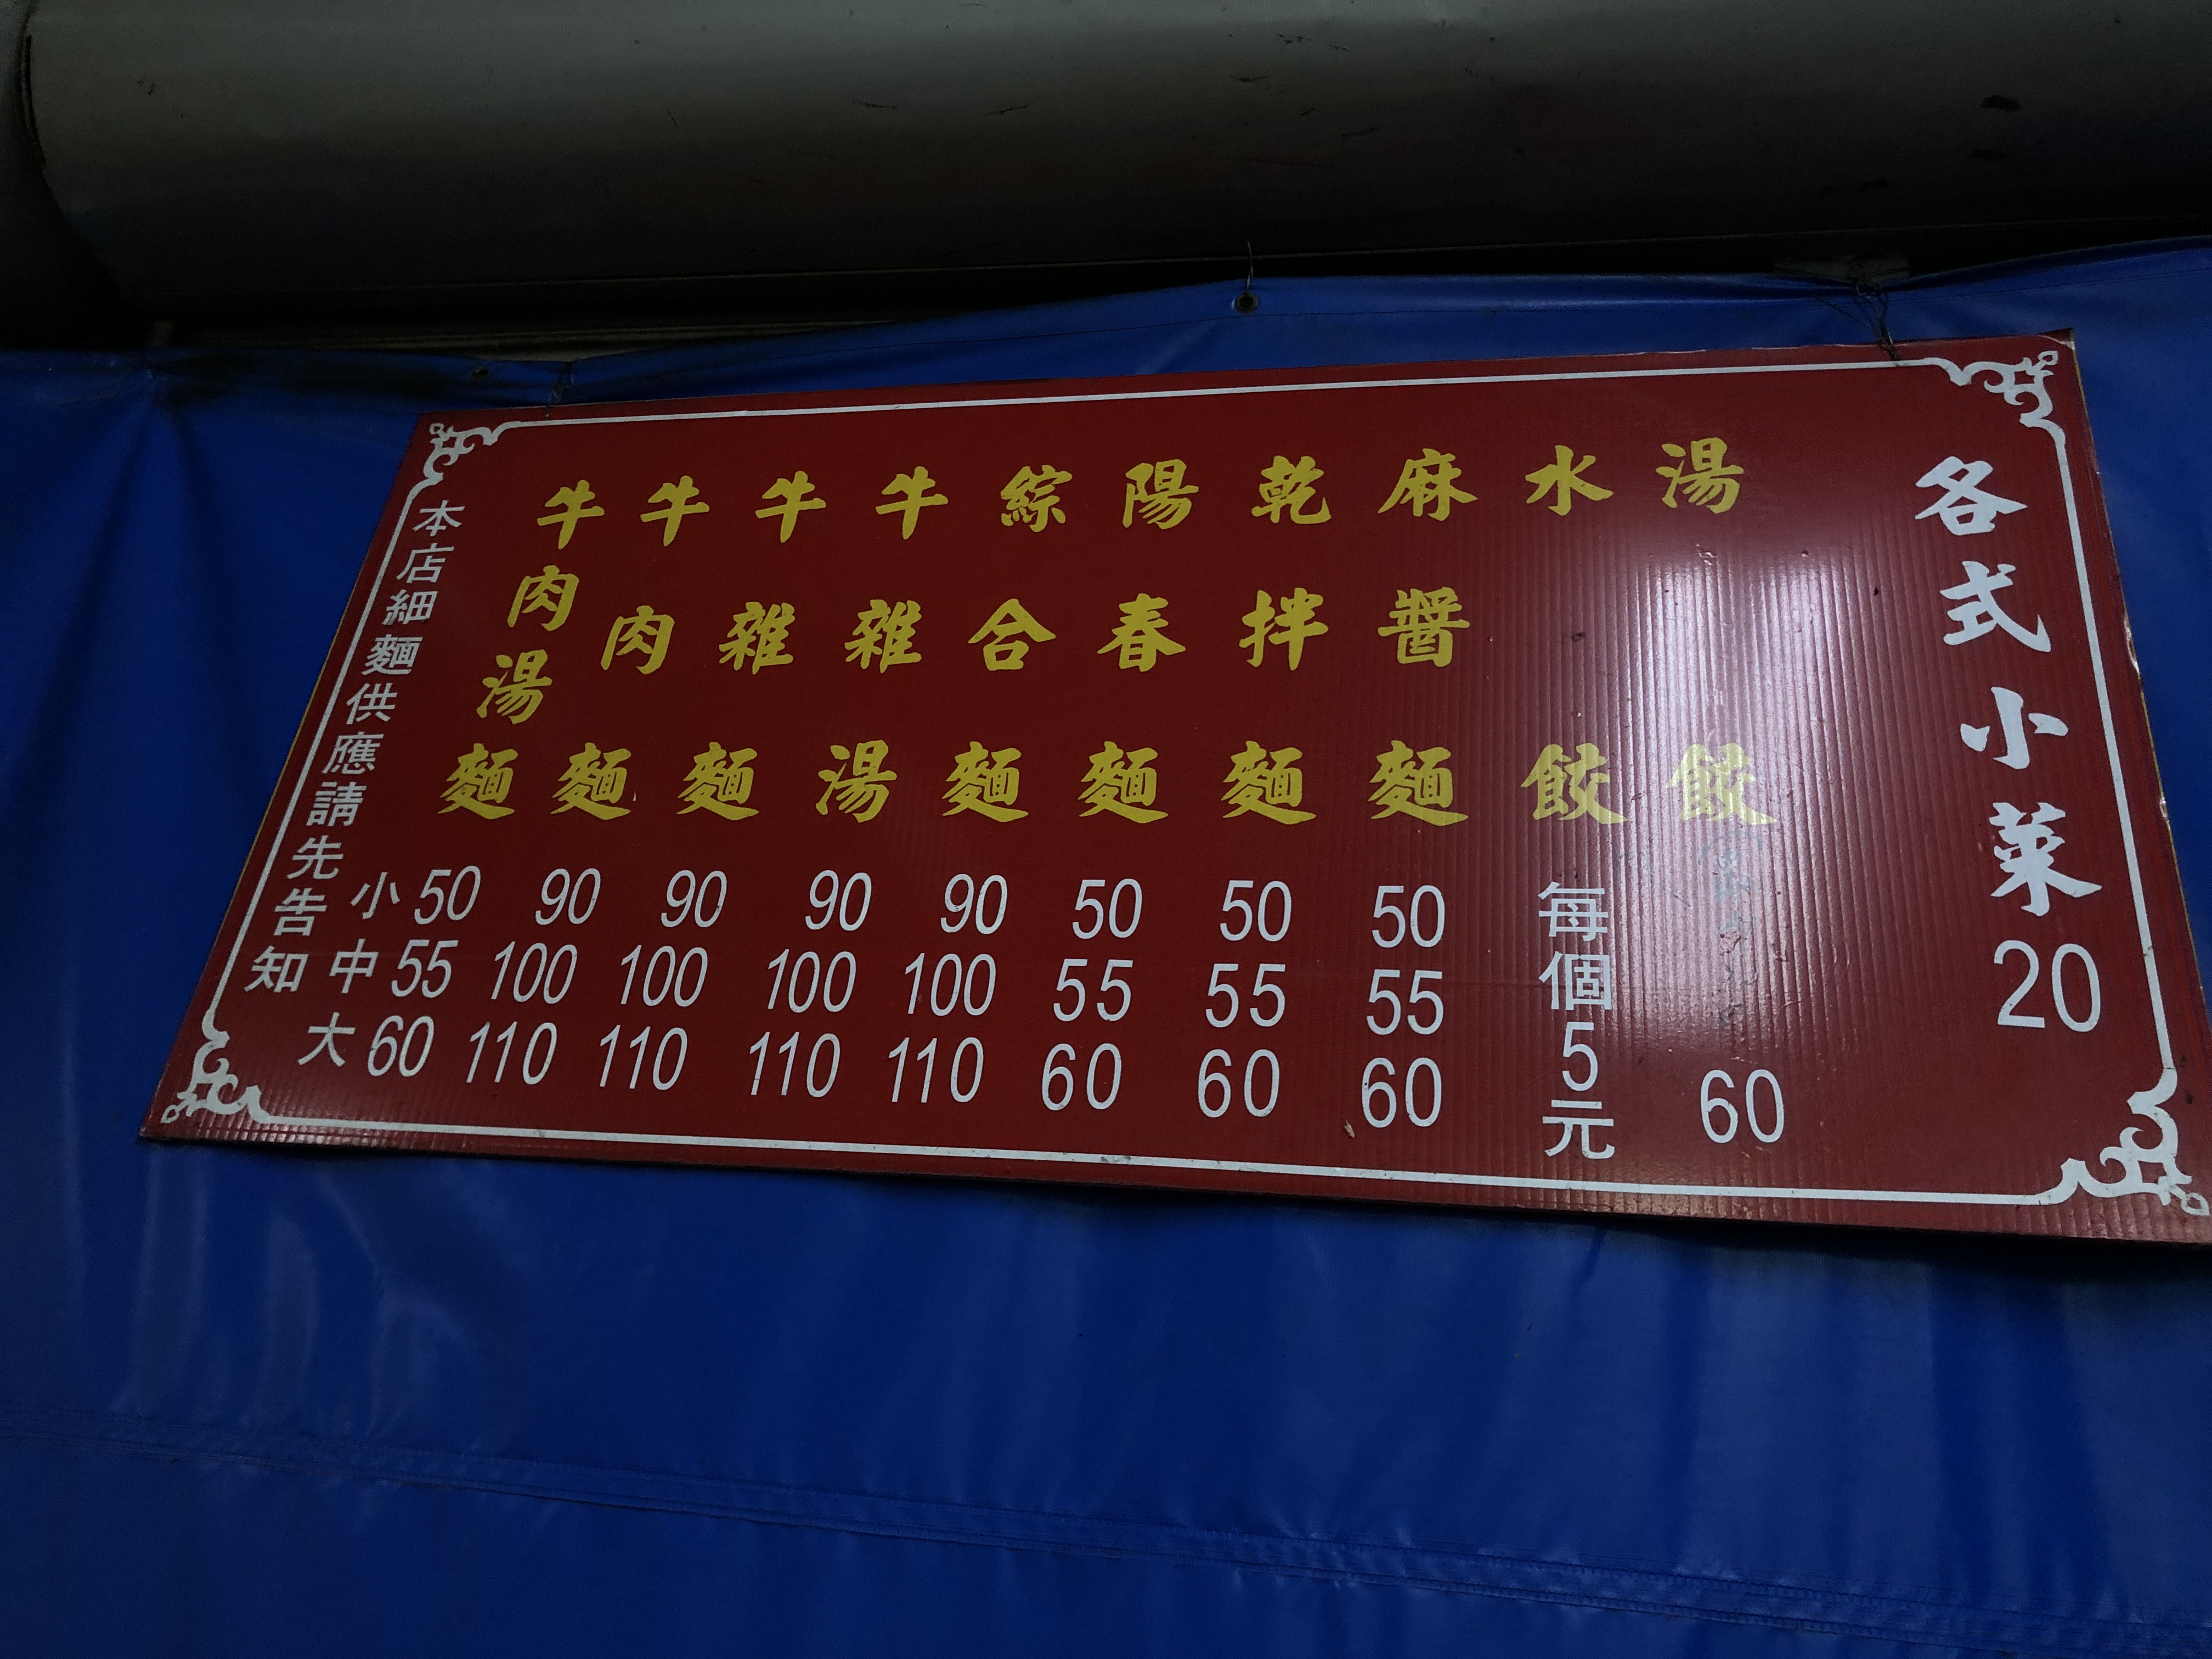
菜單：
name: 各式小菜
price: 20
name: 牛肉麵 (小)
price: 90
name: 牛肉麵 (中)
price: 100
name: 牛肉麵 (大)
price: 110
name: 牛肉湯麵 (小)
price: 90
name: 牛肉湯麵 (中)
price: 100
name: 牛肉湯麵 (大)
price: 110
name: 牛雜麵 (小)
price: 90
name: 牛雜麵 (中)
price: 100
name: 牛雜麵 (大)
price: 110
name: 牛雜湯 (小)
price: 90
name: 牛雜湯 (中)
price: 100
name: 牛雜湯 (大)
price: 110
name: 綜合麵 (小)
price: 90
name: 綜合麵 (中)
price: 100
name: 綜合麵 (大)
price: 110
name: 陽春麵 (小)
price: 50
name: 陽春麵 (中)
price: 55
name: 陽春麵 (大)
price: 60
name: 乾麵 (小)
price: 50
name: 乾麵 (中)
price: 55
name: 乾麵 (大)
price: 60
name: 麻醬麵 (小)
price: 50
name: 麻醬麵 (中)
price: 55
name: 麻醬麵 (大)
price: 60
name: 水餃
price: 60